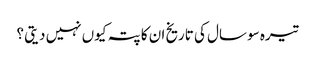
تیرہ سو سال کی تاریخ ان کا پتہ کیوں نہیں دیتی ؟